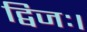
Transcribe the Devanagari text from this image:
द्विजः।